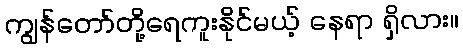
ကျွန်တော်တို့ရေကူးနိုင်မယ့် နေရာ ရှိလား။